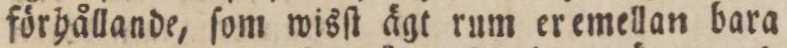
förhållande, ſom wisſt ägt rum er emellan bara